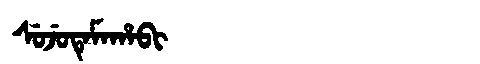
Manchu: ᠰᡠᠵᡠᡨᡝᠮᠠᡥᠠᠪᡳ
Romanization: SUJUTEMAHABI